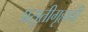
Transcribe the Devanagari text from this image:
प्रसूतीगृहाची